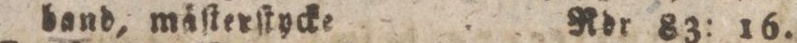
band, måſterſtycke    Rdr 83: 16.